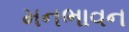
મનભાવન